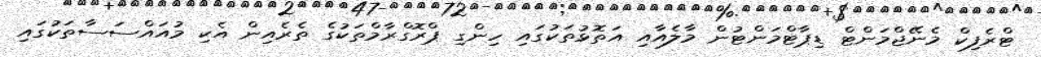
ޓްރެފިކް މެނޭޖްމަންޓް ޑިޕާޓްމަންޓުން މާލެއާއި އަތޮޅުތަކުގައި ހިންގި ޕްރޮގްރާމްތަކުގެ ތެރެއިން އެކި މުއައްސަސާތަކުގައި